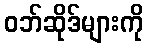
ဝဘ်ဆိုဒ်များကို